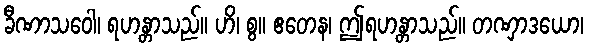
ခီဏာသဝေါ၊ ရဟန္တာသည်။ ဟိ၊ စွ။ ဧတေန၊ ဤရဟန္တာသည်။ တဏှာဒယော၊